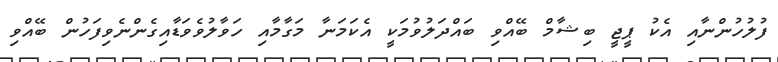
ފުލުހުންނާއި އެކު ޕީޖީ ބިޝާމް ބޭއްވި ބައްދަލުވުމަކީ އެކަމަނާ މަގާމާއި ހަވާލުވެވަޑާއިގެންނެވިފަހުން ބޭއްވި